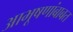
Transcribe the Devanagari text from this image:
आभूषणांबाबत